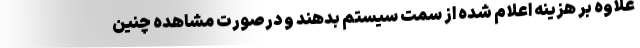
علاوه بر هزینه اعلام شده از سمت سیستم بدهند و درصورت مشاهده چنین